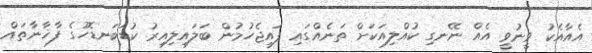
އެއާއެކު ވީނުވީ އެއް ނޭނގި ކުއްލިއަކަށް ތަނެއްގައި ފައިޖެހުމުން ބަލައިލިއިރު ކުޑަބަނޑޮހުގެ ފާޚާނާތައް